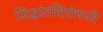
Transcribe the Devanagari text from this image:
सिद्धांतशिरोमणी